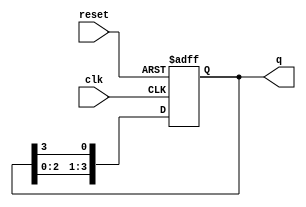
module async_ring_counter (
    input wire clk,          // Clock signal (not used in asynchronous operation)
    input wire reset,        // Asynchronous reset signal
    output reg [N-1:0] q     // Output of the ring counter
);
    parameter N = 4;         // Number of flip-flops (states)

    // Asynchronous reset and state transition logic
    always @(posedge clk or posedge reset) begin
        if (reset) begin
            q <= 1'b1;       // Set the first flip-flop to '1' and others to '0'
        end else begin
            // Shift the '1' through the ring
            q <= {q[N-2:0], q[N-1]}; // Shift left and wrap around
        end
    end

endmodule